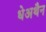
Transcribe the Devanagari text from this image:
धेअथैन